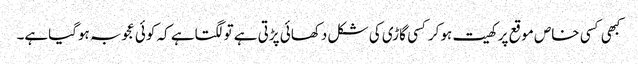
کبھی کسی خاص موقع پر کھیت ہوکرکسی گاڑی کی شکل دکھائی پڑتی ہے تولگتاہے کہ کوئی عجوبہ ہوگیاہے۔